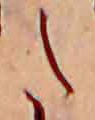
た